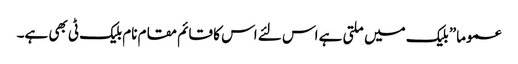
عموما” بلیک میں ملتی ہے اس لئے اس کا قائم مقام نام بلیک ٹی بھی ہے۔